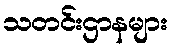
သတင်းဌာနများ